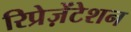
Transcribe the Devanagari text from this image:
रिप्रेज़ेंटेशन